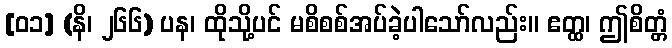
[၀၁] (နိ၊ ၂၆၆) ပန၊ ထိုသို့ပင် မစိစစ်အပ်ခဲ့ပါသော်လည်း။ ဧတ္ထ၊ ဤစိတ္တံ